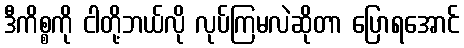
ဒီကိစ္စကို ငါတို့ဘယ်လို လုပ်ကြမလဲဆိုတာ ပြောရအောင်